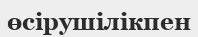
өсірушілікпен